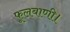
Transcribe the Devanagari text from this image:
फूलबाणी।